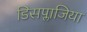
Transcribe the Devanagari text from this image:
डिसप्लाजिया